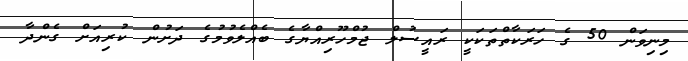
މިނިވަން 50 ގެ ހަރަކާތްތަކަކީ ރައީސުލް ޖުމްހޫރިއްޔާގެ ބެއްލެވުމުގެ ދަށުން ކުރިއަށް ގެންދާ